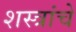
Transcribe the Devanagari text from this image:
शस्‍त्रांचे